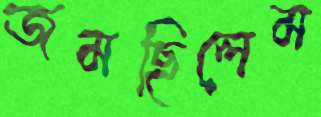
জমছিলেম